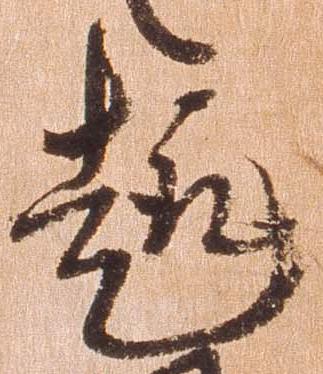
趣